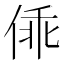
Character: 𰂓